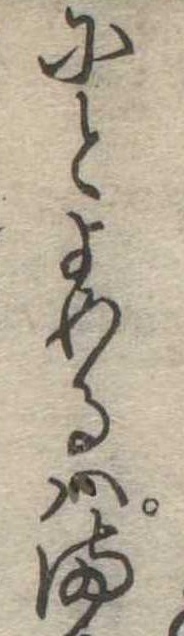
にとよめるはま